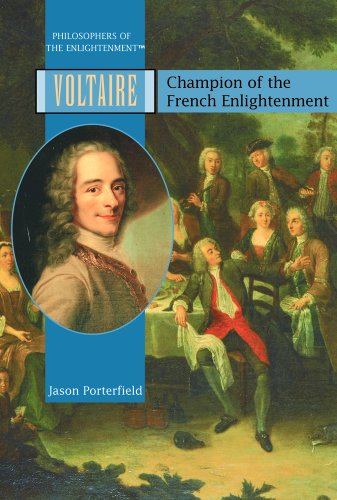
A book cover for Voltaire: Champion of the French Enlightenment (Philosophers of the Enlightenment); Jason Porterfield; Teen & Young Adult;